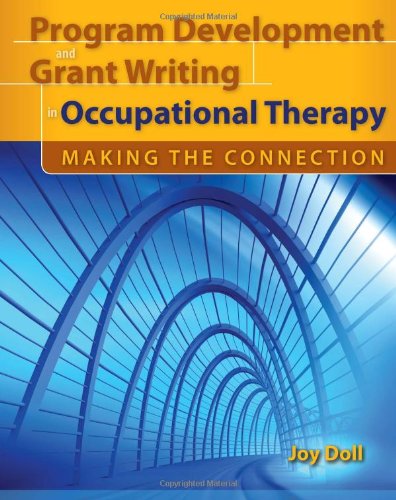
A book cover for Program Development And Grant Writing In Occupational Therapy: Making The Connection; Joy D. Doll; Health, Fitness & Dieting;